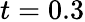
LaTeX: t=0.3